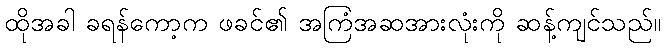
ထိုအခါ ခရန်ကော့က ဖခင်၏ အကြံအဆအားလုံးကို ဆန့်ကျင်သည်။